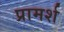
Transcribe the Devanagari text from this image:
प्रामर्श